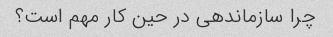
چرا سازماندهی در حین کار مهم است؟